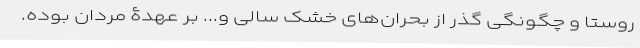
روستا و چگونگی گذر از بحران‌های خشک سالی و... بر عهدۀ مردان بوده.